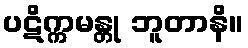
ပဋိက္ကမန္တု ဘူတာနိ။